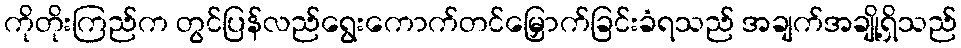
ကိုတိုးကြည်က တွင်ပြန်လည်ရွေးကောက်တင်မြှောက်ခြင်းခံရသည် အချက်အချို့ရှိသည်